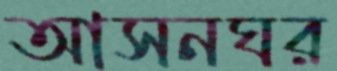
আসনঘর